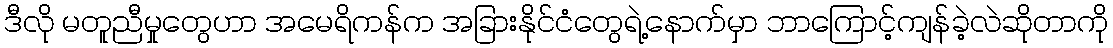
ဒီလို မတူညီမှုတွေဟာ အမေရိကန်က အခြားနိုင်ငံတွေရဲ့နောက်မှာ ဘာကြောင့်ကျန်ခဲ့လဲဆိုတာကို